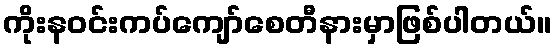
ကိုးန၀င်းကပ်ကျော်စေတီနားမှာဖြစ်ပါတယ်။